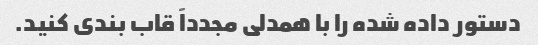
دستور داده شده را با همدلی مجدداً قاب بندی کنید.